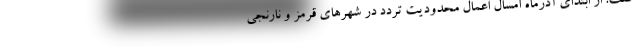
گفت: از ابتدای آذرماه امسال اعمال محدودیت تردد در شهرهای قرمز و نارنجی